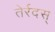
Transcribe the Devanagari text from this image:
तेर्रदस्